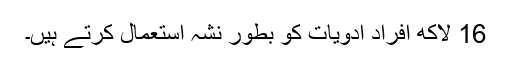
16 لاکھ افراد ادویات کو بطور نشہ استعمال کرتے ہیں۔